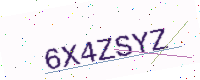
Text: 6X4ZSYZ